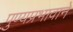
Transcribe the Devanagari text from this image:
पुण्यप्रभावाने